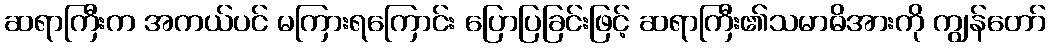
ဆရာကြီးက အကယ်ပင် မကြားရကြောင်း ပြောပြခြင်းဖြင့် ဆရာကြီး၏သမာဓိအားကို ကျွန်တော်